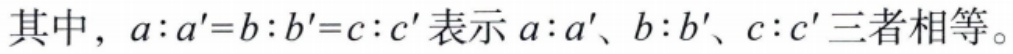
其中，\(a:a' = b:b' = c:c'\)表示\(a:a'\)、\(b:b'\)、\(c:c'\)三者相等。